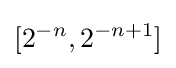
[2^{-n},2^{-n+1}]